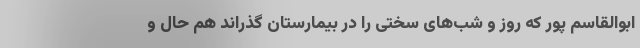
ابوالقاسم پور که روز و شب‌های سختی را در بیمارستان گذراند هم حال و